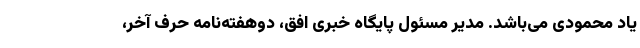
یاد محمودی می‌باشد. مدیر مسئول پایگاه خبری افق، دوهفته‌نامه حرف آخر،